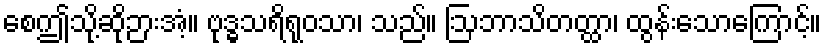
စေဤသို့ဆိုဉားအံ့။ ဗုဒ္ဓသရိရုဝသာ၊ သည်။ ဩဘာသိတတ္ထာ၊ ထွန်းသောကြောင့်။